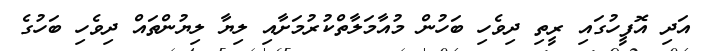
އަދި އޮފީހުގައި ރީތި ދިވެހި ބަހުން މުއާމަލާތްކުރުމަށާއި ލިޔާ ލިޔުންތައް ދިވެހި ބަހުގެ